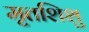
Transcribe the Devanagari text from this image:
मृतशिशु